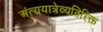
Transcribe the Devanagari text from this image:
अंत्ययात्रेव्यतिरिक्त